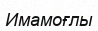
Имамоғлы